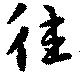
往